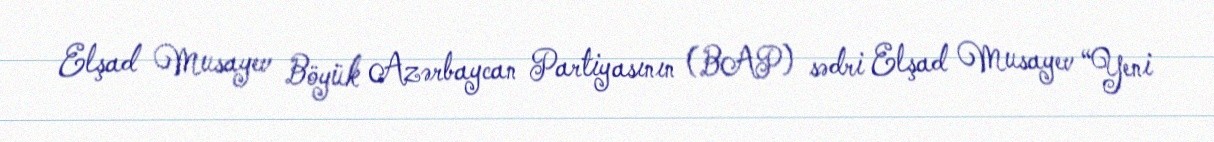
Elşad Musayev Böyük Azərbaycan Partiyasının (BAP) sədri Elşad Musayev “Yeni